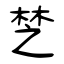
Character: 椘